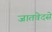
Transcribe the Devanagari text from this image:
जातवेदसे